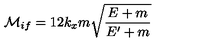
{ \cal { M } } _ { i f } = 1 2 k _ { x } m \sqrt { \frac { E + m } { E ^ { \prime } + m } }